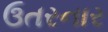
ઉતરનાર